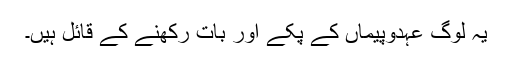
یہ لوگ عہدوپیماں کے پکے اور بات رکھنے کے قائل ہیں۔